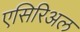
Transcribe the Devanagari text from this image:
एसिरिअल